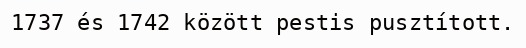
1737 és 1742 között pestis pusztított.